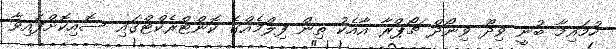
ހުމައިމާ ބުނީ ވިދޫ ވިނޯދް ޗޯޕްރާ އާއެކު ތިން ފިލްމެއްގެ ކޮންޓްރެކްޓްގައި ސޮއިކޮށްފައިވާ